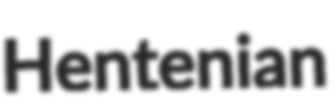
Hentenian